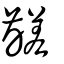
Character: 齹